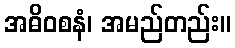
အဓိဝစနံ၊ အမည်တည်း။